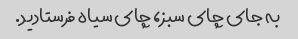
به جای چای سبز، چای سیاه فرستادید.